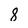
Character: 8